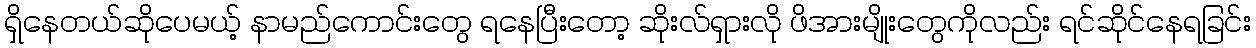
ရှိနေတယ်ဆိုပေမယ့် နာမည်ကောင်းတွေ ရနေပြီးတော့ ဆိုးလ်ရှားလို ဖိအားမျိုးတွေကိုလည်း ရင်ဆိုင်နေရခြင်း